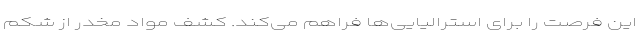
این فرصت را برای استرالیایی‌ها فراهم می‌کند. کشف مواد مخدر از شکم